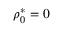
\rho _ { 0 } ^ { * } = 0